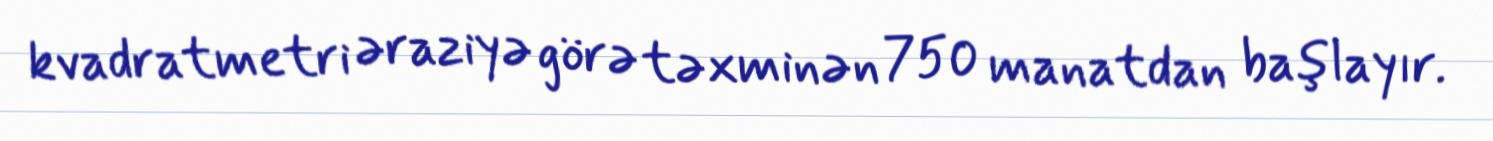
kvadratmetri əraziyə görə təxminən 750 manatdan başlayır.